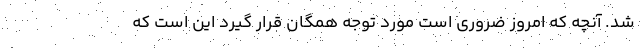
شد. آنچه که امروز ضروری است مورد توجه همگان قرار گیرد این است که